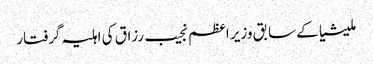
ملیشیا کے سابق وزیر اعظم نجیب رزاق کی اہلیہ گرفتار